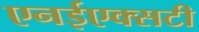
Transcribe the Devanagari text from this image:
एनईएक्सटी